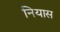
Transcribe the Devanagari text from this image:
नियास